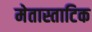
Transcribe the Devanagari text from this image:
मेतास्ताटिक